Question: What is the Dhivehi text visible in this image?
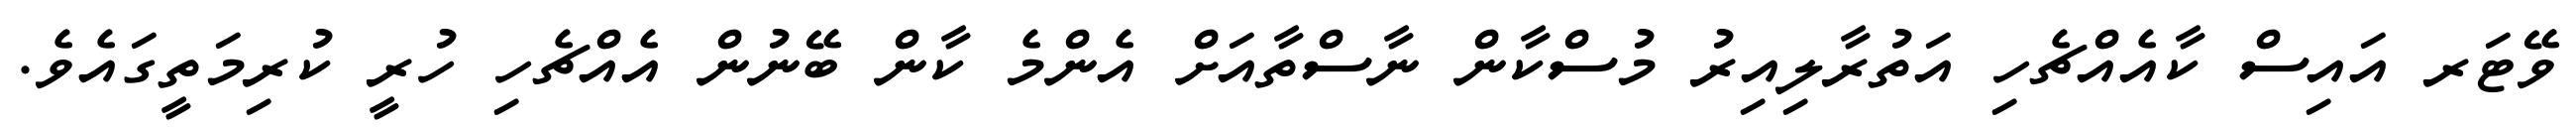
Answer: ވޭޓަރ އައިސް ކާއެއްޗެހި އަތުރާލިއިރު މުސްކާން ނާސްތާއަށް އެންމެ ކާން ބޭނުން އެއްޗެހި ހުރީ ކުރިމަތީގައެވެ.